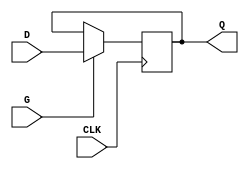
module edge_triggered_gated_latch (
    input wire D,     // Data input
    input wire G,     // Gate input
    input wire CLK,   // Clock input
    output reg Q      // Output
);

    // On the rising edge of the CLK
    always @(posedge CLK) begin
        if (G)          // If gate G is active
            Q <= D;    // Latch the current value of D
        // If G is inactive, Q retains its last value
    end

    // Optionally include an initial value for simulation purposes
    initial begin
        Q = 1'b0; // Initial state of Q, can be adjusted as needed
    end

endmodule